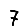
Digit: 7